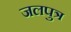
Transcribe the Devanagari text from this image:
जलपुत्र